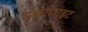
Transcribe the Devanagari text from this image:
पायरोटाइट